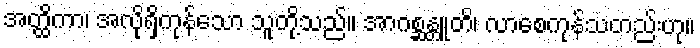
အတ္ထိကာ၊ အလိုရှိကုန်သော သူတို့သည်။ အာဂစ္ဆန္တူတိ၊ လာစေကုန်သတည်းဟု။